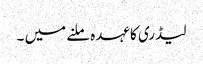
لیڈری کا عہدہ ملنے میں ۔